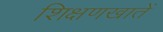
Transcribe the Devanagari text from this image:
शिक्षणखातें